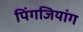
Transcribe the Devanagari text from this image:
पिंगजियांग